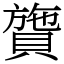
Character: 䞄